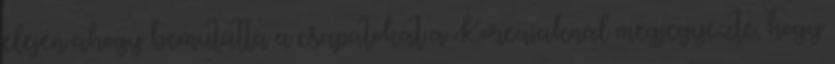
elején ahogy bemutatta a csapatokat a Koreaiaknál megjegyezte, hogy